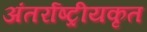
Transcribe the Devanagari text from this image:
अंतर्राष्ट्रीयकृत